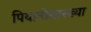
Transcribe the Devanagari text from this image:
पियानोसारख्या